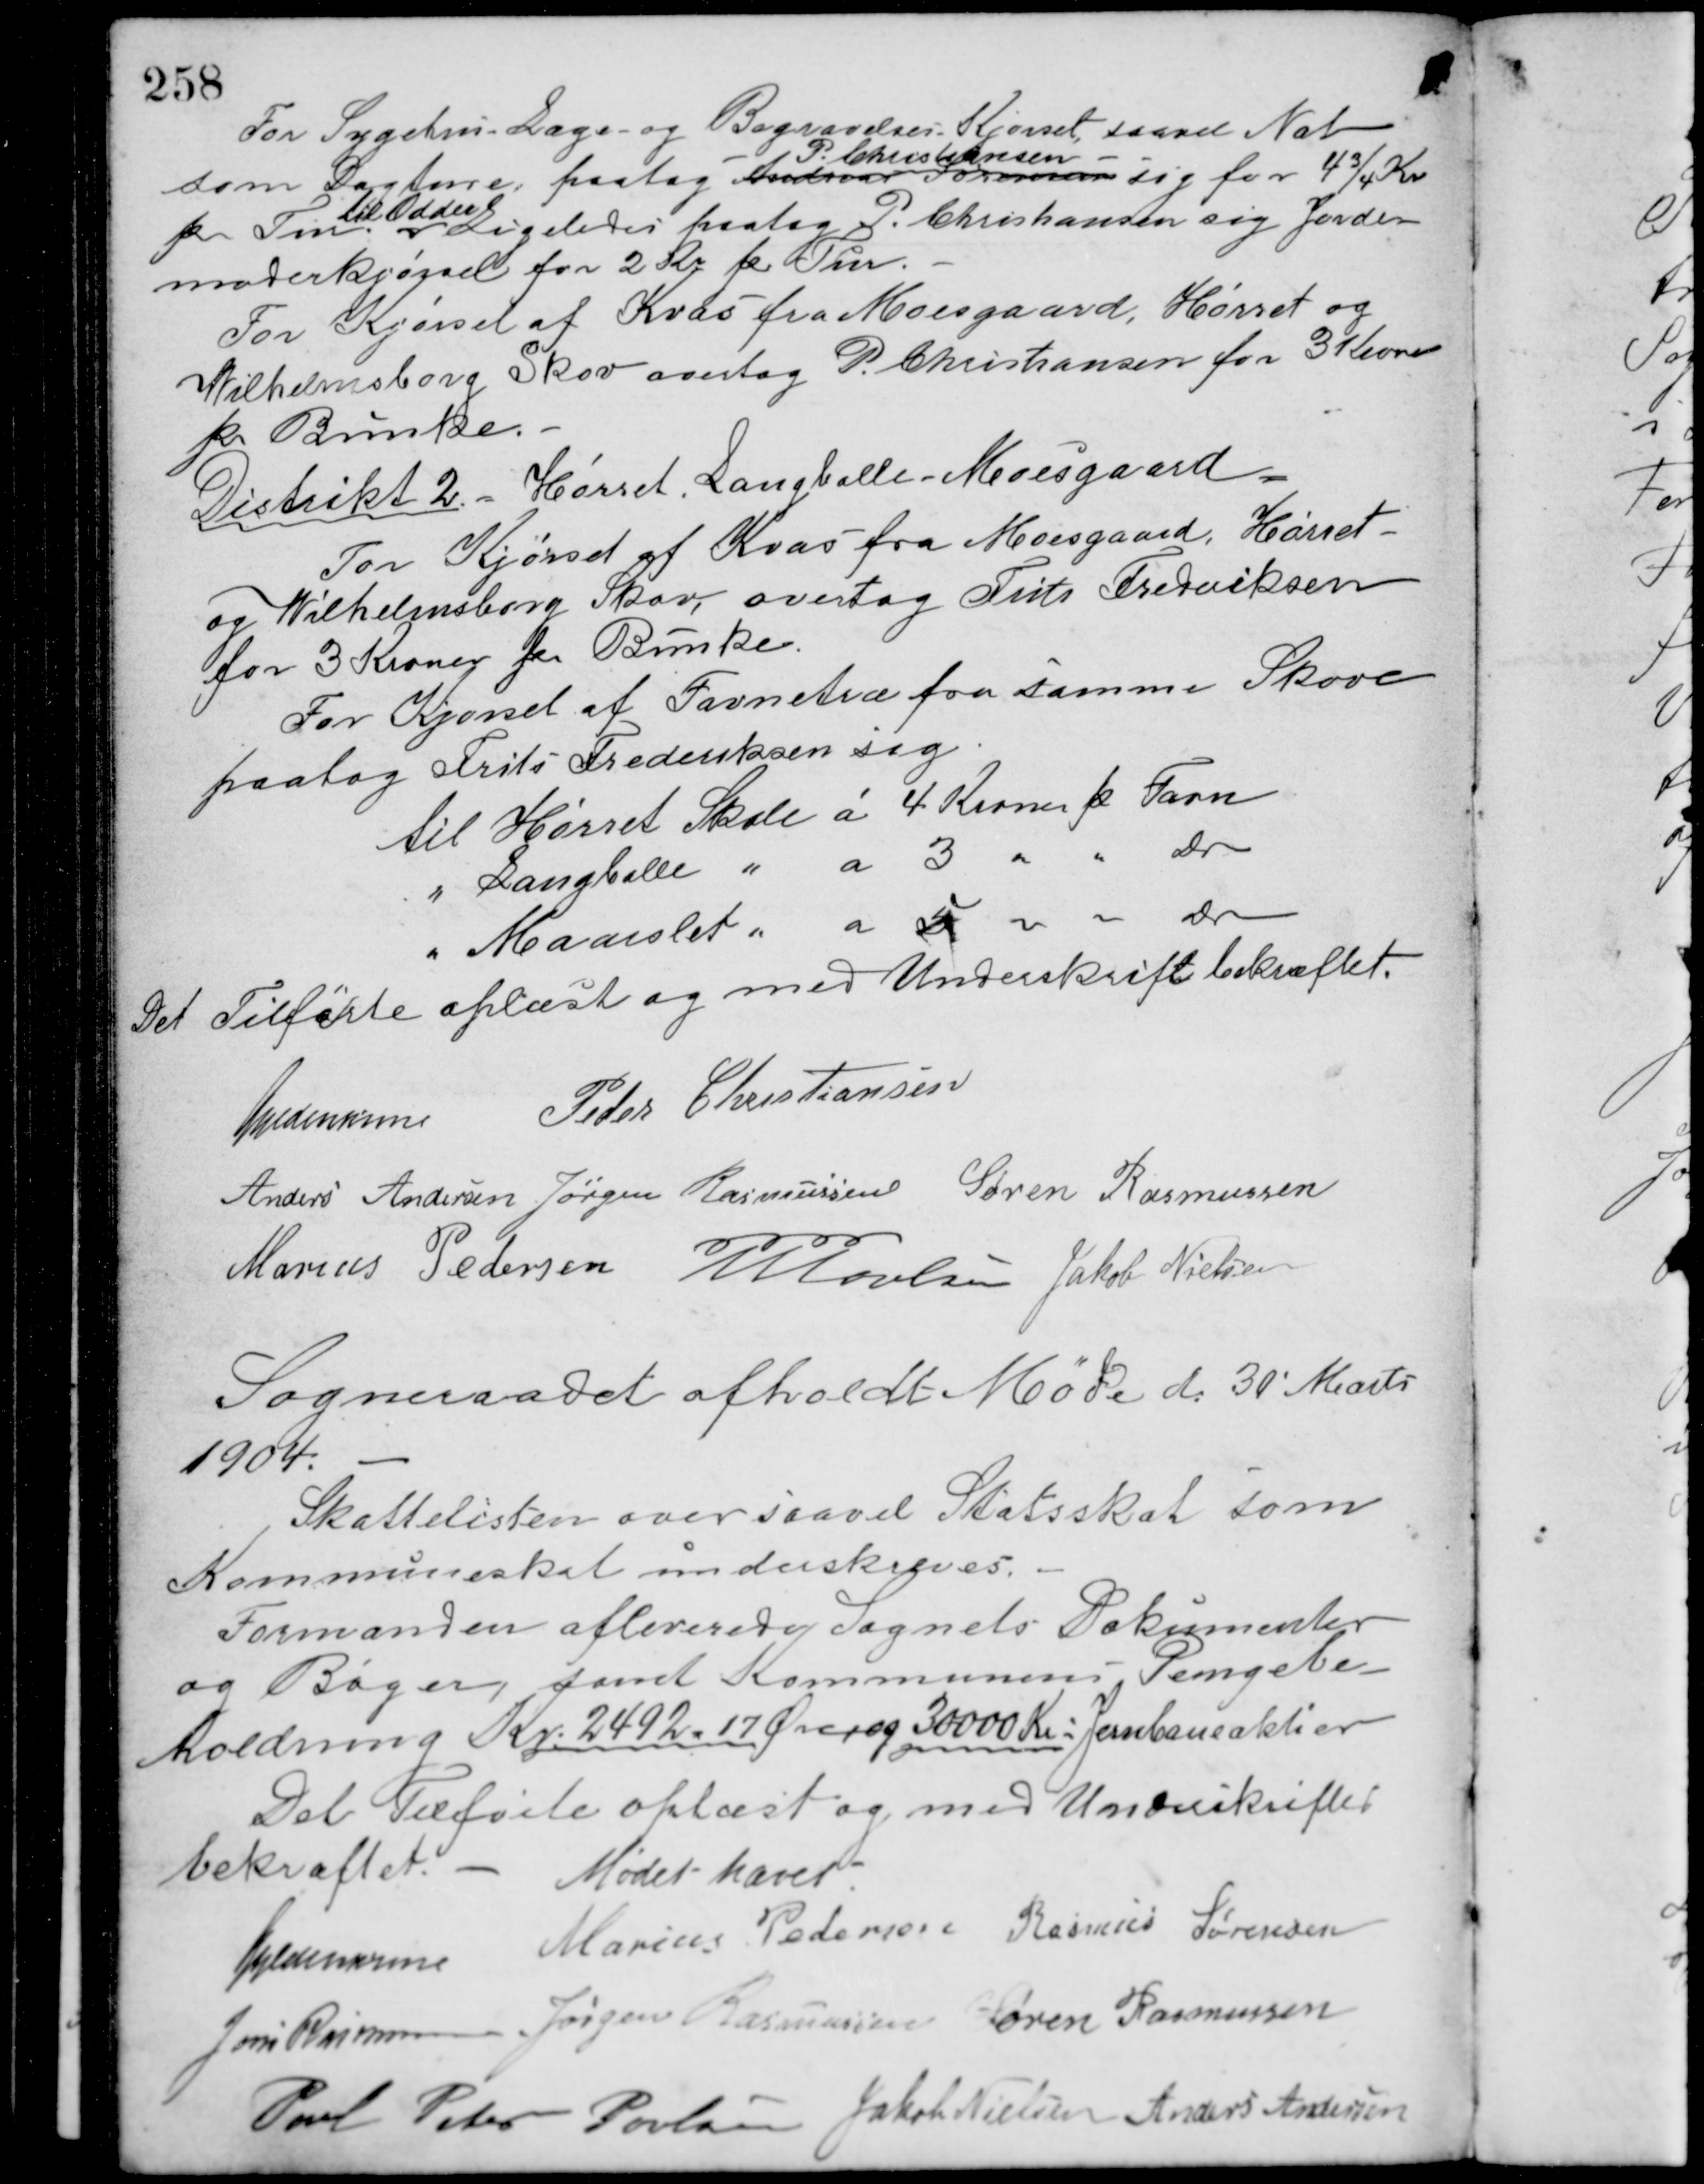
Transskription:
For Sygehus - Læge- og Begravelses Kjørsel, saavel Nat
som Dagture paatog Andreas Sørensen
P. Christiansen
sig for 4 3/4 Kr.
pr. Tur.
til Odder
Ligeledes paatog P. Christiansen sig Jorde-
moderkjørsel for 2 Kr pr. Tur.
For Kjørsel af Kvas fra Moesgaard, Hørret og
Vilhelmsborg Skov overtog P. Christiansen for 3 Kroner
pr. Bunke.
Distrikt 2. - Hørret, Langballe, Moesgaard.
For Kjørsel af Kvas fra Moesgaard, Hørret-
og Wilhelmsborg Skov, overtog Frits Frederiksen
for 3 Kroner pr. Bunke.
For Kjørsel af Favnetræ fra samme Skove
paatog Frits Frederiksen sig
til Hørret Skole à 4 Kroner pr. Favn
" Langballe " à 3 " " do
" Maarslet " à 5 " " do
Det Tilførte oplæst og med Underskrift bekræftet.
Guldencrone Peder Christiansen
Anders Andersen Jørgen Rasmussen Søren Rasmussen
Marius Pedersen M. Povlsen Jakob Nielsen
Sogneraadet afholdt Møde d. 30' Marts
1904.
Skattelisten over saavel Statsskat som
Kommuneskat underskreves.
Formanden afleverede Sognets Dokumenter
og Bøger, samt Kommunens Pengebe-
holdning Kr. 2492 - 17 Ører og 30000 Kr. Jernbaneaktier.
Det Tilførte oplæst og med Underskrifter
bekræftet. -
Mødet hævet
Guldencrone Marius Pedersen Rasmus Sørensen
Jens Rasmussen Jørgen Rasmussen Søren Rasmussen
Poul Peter Poulsen Jakob Nielsen Anders Andersen